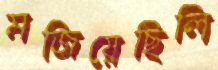
মজিয়েছিলি